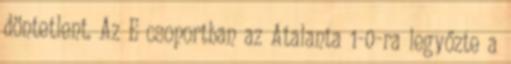
döntetlent. Az E csoportban az Atalanta 1-0-ra legyőzte a